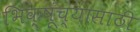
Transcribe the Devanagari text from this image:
भिक्षूंच्यासाठी